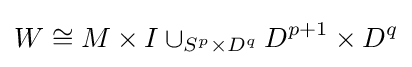
W\cong M\times I\cup _{S^{p}\times D^{q}}D^{p+1}\times D^{q}